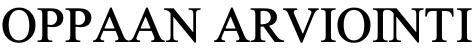
OPPAAN ARVIOINTI